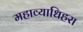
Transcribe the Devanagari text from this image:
महाव्याधिहरा